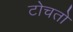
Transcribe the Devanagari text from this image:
टोचतो